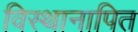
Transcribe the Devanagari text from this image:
विस्थानापित